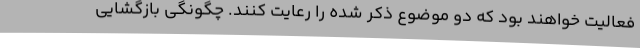
فعالیت خواهند بود که دو موضوع ذکر شده را رعایت کنند. چگونگی بازگشایی